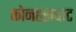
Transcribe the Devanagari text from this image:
कोनहराघाट